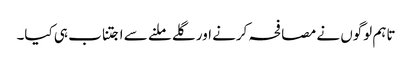
تاہم لوگوں نے مصافحہ کرنے اور گلے ملنے سے اجتناب ہی کیا۔